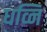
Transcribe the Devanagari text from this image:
धव्नि